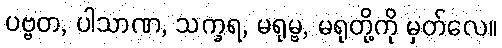
ပဗ္ဗတ, ပါသာဏ, သက္ခရ, မရုမ္ဗ, မရုတို့ကို မှတ်လေ။